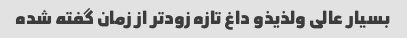
بسیار عالی ولذیذو داغ تازه زود‌تر از زمان گفته شده